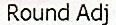
ROUND ADJ